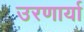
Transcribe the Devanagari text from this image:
उरणार्या